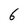
Character: 6